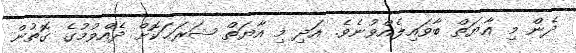
ދެން މި އާޔަތް ބާވައިލެއްވުނެވެ. އަދި މި އާޔަތް ޝަރަޙަކޮށް ދެއްވުމުގެ ގޮތުން